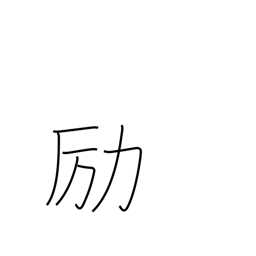
Meaning: be diligent